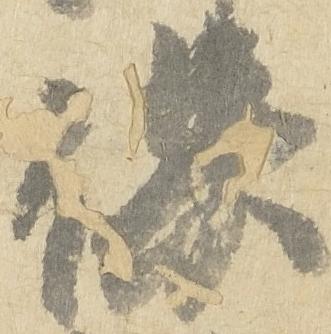
保